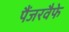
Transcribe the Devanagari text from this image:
पैंजरवैफे